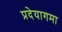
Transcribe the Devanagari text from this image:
प्रदेयागमा